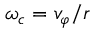
\omega _ { c } = v _ { \varphi } / r